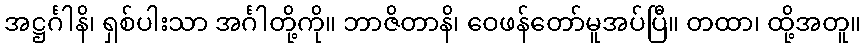
အဋ္ဌင်္ဂါနိ၊ ရှစ်ပါးသာ အင်္ဂါတို့ကို။ ဘာဇိတာနိ၊ ဝေဖန်တော်မူအပ်ပြီ။ တထာ၊ ထို့အတူ။